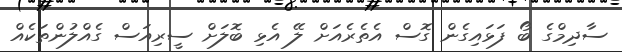
ސާދިމްގެ ބޯ ފަޅައިގެން ގޮސް އެތެރެއަށް ލޭ އެޅި ބޮލަށް ސީރިއަސް ގެއްލުުންތަކެއް